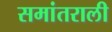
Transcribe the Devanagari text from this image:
समांतराली